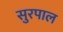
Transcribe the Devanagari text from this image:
सुरपाल